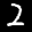
Label: 2